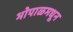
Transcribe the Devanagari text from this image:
भोपाळमधून